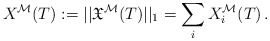
\begin{align*}X^{\mathcal{M}}(T):=||\mathfrak{X}^{\mathcal{M}}(T)||_1=\sum_i X^{\mathcal{M}}_i(T)\,.\end{align*}